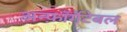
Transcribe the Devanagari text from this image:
अन्फ़ॉर्गेटेबल